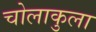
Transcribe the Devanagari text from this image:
चोलाकुला